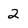
Character: 2